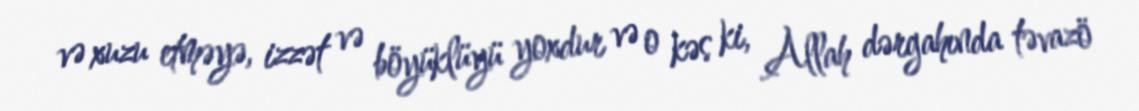
və xuzu etməyə, izzət və böyüklüyü yoxdur və o kəs ki, Allah dərgahında təvazö